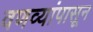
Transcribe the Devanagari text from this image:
वणव्यांपासून